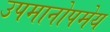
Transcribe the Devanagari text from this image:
उपमानोपमेय